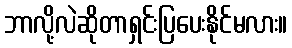
ဘာလို့လဲဆိုတာရှင်းပြပေးနိုင်မလား။